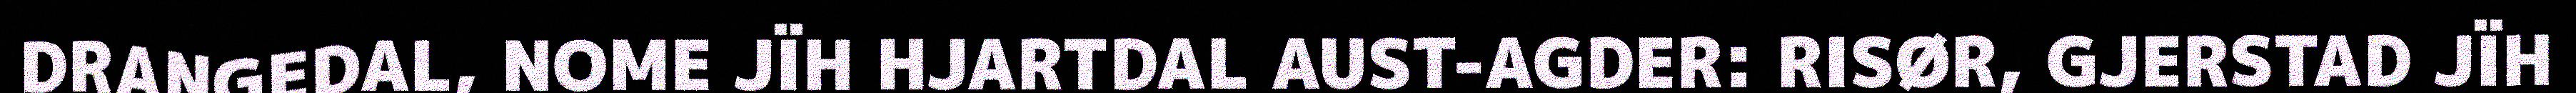
DRANGEDAL, NOME JÏH HJARTDAL AUST-AGDER: RISØR, GJERSTAD JÏH